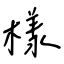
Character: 樣